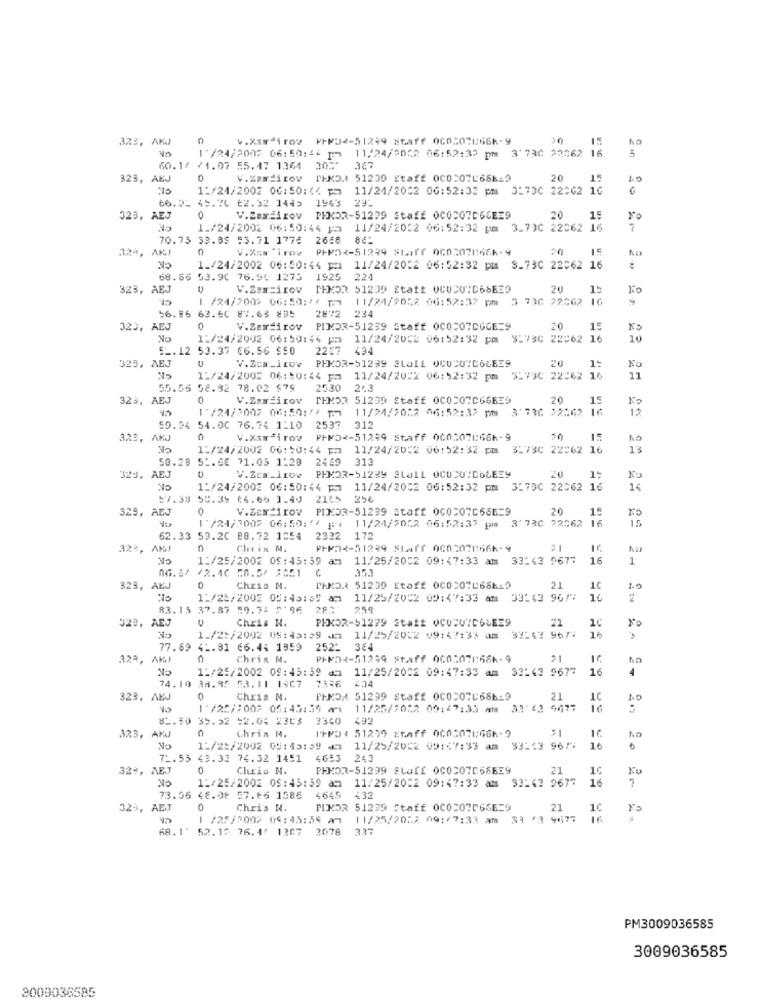
0
4.X3⑈ 1rov PFN02-51299 8taff 060507866-9
yo
1 /24/2005 06:50:44 pm 11/24/2052 06:52:32 pm 3'73C 22562 16
60.1/ /1.07 55.47 1364 302"
367
ST
323, AEJ
0
V.Zordixov PHKD.t 51239 Staff 0CO:07L688-9
20
1:/24/2002 06:50:(4 pm 11/24/2002 06:52:32 pm 3:73C 22062 16
66.31 45.76 62.32 1445
1943
29-
323, AEJ
0
V.Zamilov PHKOR-51229 Staff 0COCQ7C66EE9
20
15
1./24/2002 06:50:44 P2
11/24/2032 06:52:32 pm 3.79C 22562 16
7
70.75 39.89 53.71 1776
2658
324, AKJ
V.Xcairov PHP24-51239 Staff 0c0507866k-9
50
1./24/2002 06:50:44 pm 11/24/2002 06:52:32 pm S_73C 22062 16
68.86 53.90 76.94 1275 1925
224
323, AEJ
V.Zmm=irov
MEMOR 51239 Staff 0CUCU"C68E39
20
1 /84/2002 06:50:16 17
11/24/7052 06:52:37 pm
3 736 22562 16
56.86 63.60 87.65 895
2872
234
323,
AEJ
0
V.Zardirov PIMDR-51239 Staff 0COCO7CGGE=9
20
15
No
1:/24/2002 06:50:44 13
11/24/2052 06:52:32 pm 3:75C 22062 16
10
51.12 53.37 66.56 950
2257
494
325, AEJ
V.Zcm_irow PHKOR-51239 Stall OCU20"COLE39
1:
11/24/2002 06:50:44 pm
11/24/2002 06:52:32 pm
31730 22:62 16
11
55.56 58.32 78.02 $79
2530
2.3
323, AEJ
0
V.Zariirov
TEMOR 51239 Staff 0COCO7C66EE9
20
15
No
1'/24/2007 06:50:// TM 11/24/2022 06:52:32 pm 3'736 22:62
12
59.94 54.00 76.74 1:10 2537
312
323, AKJ
0
V.Xarªi rov
PFF02-51239 Staff 000507066-9
20
11/24/2002 06:50:44 pm 11/24/2022 06:52:32 pm
3173C 22062
13
50.28 51.6E 71.05 1:28
2469 313
325, AEJ
V.2cm_110v
20
1:
1:/24/2002 06:50:44 pm 11/24/2002 06:52:32 pm 3:73C 22062 16
14
$7.38 55.39 (4.60 1.40 2105 256
325, AEJ
0
V.Zem 1rov PINDR-51239 staff 0C0207666=9
20
15
11/24/2052 06:52:37 pm 3'730 22:62 16
15
1 /24/2002 06:50:1) *
62.33 59.20 88.72 1054
2332
172
32%, AMJ
0
Chris N.
PHD2-51239 Staff 002078666-9
No
1:/25/2002 09:45:39 am 11/25/2002 09:47:33 am
33143 9677
16
1
35.3
06.87 /2.40 50.5/ 2651 C
323, AEJ
0
Chris N.
TENDA 51200 Etaff 000507L68619
21
LC
11/25/2002 05:45:59 am
11/25/2002 09:47:33 am 33:43 96/1
16
83.15 37.87 59.7: 2:96 28;"
259
J29, AEJ
Chris N.
PEKOR-51279 Statt OCODVID6LEE9
21
16
1./2:/2002 09:45:59 02 11/25/2002 09:47:33 am 33:43 96/1
77.69 41.81 66.44 1859 252-
364
323, AKJ
0
Chris N.
PHM2-51299 Staff 000:078:66k-9
11/25/2002 09:45:39 am 11/25/2002 09:47:33 am 33:43 9677
16
4
74.10 38.95 53. 11 1407
404
7336
323, AEJ
0
Chris N.
FINOA 51299 Staff 0COCO7686-9
21
1C
10
1 /25/2002 05:45:39 m1 11/25/2022 09:47:33 mm 33 63 9677
81. 50 39.52 :2.04 2303
3340
492
IFPD: 51299 staff 000507066-9
-
323, AKJ
Chris N.
No
11/25/2002 05: 45:59 am 11/25/2002 09:47:33 am
33-63 96/1
16
72.53 43.33 74.32 1451
4653 243
32%, AEJ
0
Chris N.
PHKOR-51299 SLI 003075659
21
Ku
11/25/2002 09:47:33 am 33:43 9677
16
11/25/2002 08:45:59 am
73.06 48.06 57.65 1586
4645
432
323, AEJ
0
Chris N.
FIXOR 51239 Staff 0C0207066E=9
21
10
1 /25/2002 04:45:59 am
11/25/2012 09:/7:33 am 39 73 977
16
68.1' 52.15 76.4/ 1367 3078
337
PM3009036585
3009036585
3009036595